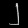
Digit: ၂